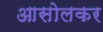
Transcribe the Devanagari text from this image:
आसोलकर